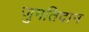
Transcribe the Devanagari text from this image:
जुगतिदान